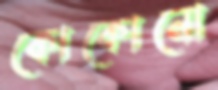
কোকোনো